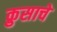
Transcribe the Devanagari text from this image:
क्रुसाचे